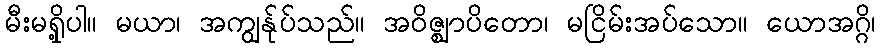
မီးမရှို့ပါ။ မယာ၊ အကျွန်ုပ်သည်။ အဝိဇ္ဈာပိတော၊ မငြိမ်းအပ်သော။ ယောအဂ္ဂိ၊